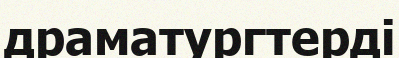
драматургтерді